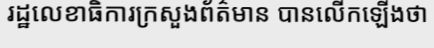
រដ្ឋលេខាធិការក្រសួងព័ត៌មាន បានលើកឡើងថា